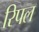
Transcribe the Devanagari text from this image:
रिपल